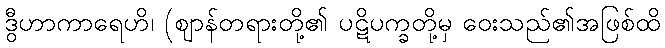
ဒွီဟာကာရေဟိ၊ (ဈာန်တရားတို့၏ ပဋိပက္ခတို့မှ ဝေးသည်၏အဖြစ်ထိ